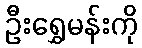
ဦးရွှေမန်းကို